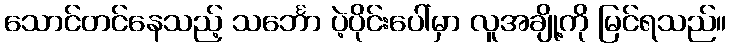
သောင်တင်နေသည့် သင်္ဘော ပဲ့ပိုင်းပေါ်မှာ လူအချို့ကို မြင်ရသည်။